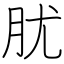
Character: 肬